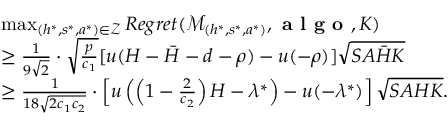
\begin{array} { r l } & { \mathop { \operatorname* { m a x } } _ { ( h ^ { * } , s ^ { * } , a ^ { * } ) \in \mathcal { Z } } R e g r e t ( \mathcal { M } _ { ( h ^ { * } , s ^ { * } , a ^ { * } ) } , \textbf { a l g o } , K ) } \\ & { \ge \frac { 1 } { 9 \sqrt { 2 } } \cdot \sqrt { \frac { p } { c _ { 1 } } } [ u ( H - \bar { H } - d - \rho ) - u ( - \rho ) ] \sqrt { S A \bar { H } K } } \\ & { \geq \frac { 1 } { 1 8 \sqrt { 2 c _ { 1 } c _ { 2 } } } \cdot \left[ u \left( \left( 1 - \frac { 2 } { c _ { 2 } } \right) H - \lambda ^ { * } \right) - u ( - \lambda ^ { * } ) \right] \sqrt { S A H K } . } \end{array}